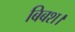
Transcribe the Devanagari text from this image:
बिबश।